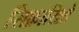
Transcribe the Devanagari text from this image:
सिफ़ारिशो